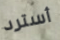
أسترد